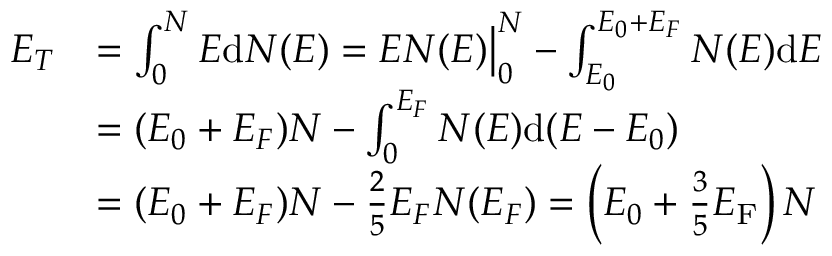
{ \begin{array} { r l } { E _ { T } } & { = \int _ { 0 } ^ { N } E \mathrm { d } N ( E ) = E N ( E ) { \big | } _ { 0 } ^ { N } - \int _ { E _ { 0 } } ^ { E _ { 0 } + E _ { F } } N ( E ) \mathrm { d } E } \\ & { = ( E _ { 0 } + E _ { F } ) N - \int _ { 0 } ^ { E _ { F } } N ( E ) \mathrm { d } ( E - E _ { 0 } ) } \\ & { = ( E _ { 0 } + E _ { F } ) N - { \frac { 2 } { 5 } } E _ { F } N ( E _ { F } ) = \left( E _ { 0 } + { \frac { 3 } { 5 } } E _ { \mathrm { F } } \right) N } \end{array} }